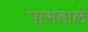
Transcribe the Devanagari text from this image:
पासंडाले